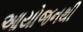
આયોજનથી